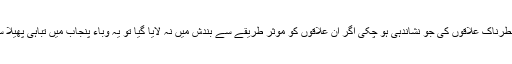
اب تک خطرناک علاقوں کی جو نشاندہی ہو چکی اگر ان علاقوں کو مؤثر طریقے سے بندش میں نہ لایا گیا تو یہ وباء پنجاب میں تباہی پھیلا سکتی ہے۔